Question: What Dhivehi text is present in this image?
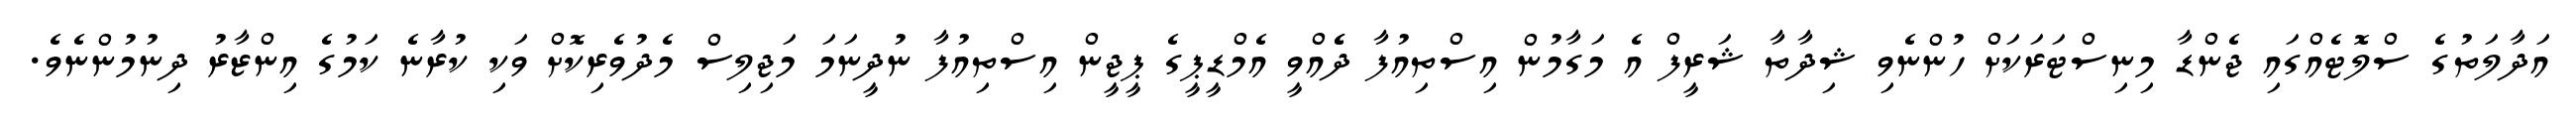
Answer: އަދާލަތުގެ ސްލޮޓެއްގައި ޖެންޑާ މިނިސްޓަރަކަށް ހުންނެވި ޝިދާތާ ޝަރީފް އެ މަގާމުން އިސްތިއުފާ ދެެއްވީ އެމްޑީޕީގެ ޕީޖީން އިސްތިއުފާ ނުދީނަމަ މަޖިލިސް މެދުވެރިކޮށް ވަކި ކުރާނެ ކަމުގެ އިންޒާރު ދިނުމުންނެވެ.